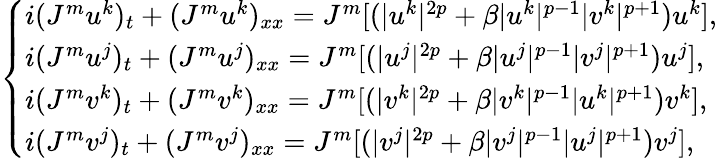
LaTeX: \begin{array}{r}{\left\lbrace\begin{array}{l}{i(J^{m}u^{k})_{t}+(J^{m}u^{k})_{xx}=J^{m}[(|u^{k}|^{2p}+\beta|u^{k}|^{p-1}|v^{k}|^{p+1})u^{k}],}\\ {i(J^{m}u^{j})_{t}+(J^{m}u^{j})_{xx}=J^{m}[(|u^{j}|^{2p}+\beta|u^{j}|^{p-1}|v^{j}|^{p+1})u^{j}],}\\ {i(J^{m}v^{k})_{t}+(J^{m}v^{k})_{xx}=J^{m}[(|v^{k}|^{2p}+\beta|v^{k}|^{p-1}|u^{k}|^{p+1})v^{k}],}\\ {i(J^{m}v^{j})_{t}+(J^{m}v^{j})_{xx}=J^{m}[(|v^{j}|^{2p}+\beta|v^{j}|^{p-1}|u^{j}|^{p+1})v^{j}],}\end{array}\right.}\end{array}